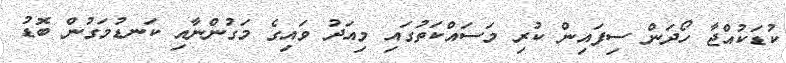
ކުޑަކުއްޖާ ހޯދަން ސިފައިން ކުރި މަސައްކަތުގައި މިއަދު ވައިގެ މަގުންނާއި ކަނޑުމަގުން ބޮޑު